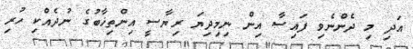
އަދި މި ދެންނެވި ފައިސާ އިން ނިމިދިޔަ ރިޔާސީ އިންތިޚާބުގެ ނުދެއްކި ހުރި